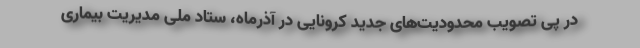
در پی تصویب محدودیت‌های جدید کرونایی در آذرماه، ستاد ملی مدیریت بیماری